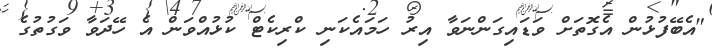
"އެބޭފުޅުން އެގޮތަށް ވަޑައިގަންނަވާ އިރު ހަމައެކަނި ކްރިކެޓް ކުޅުއްވަން އެ ހޭދަވާ ވަގުތުގެ